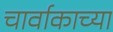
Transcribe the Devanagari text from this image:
चार्वाकाच्या